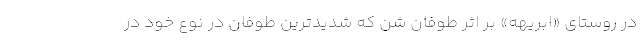
در روستای «ابریهه» بر اثر طوفان شن که شدیدترین طوفان در نوع خود در